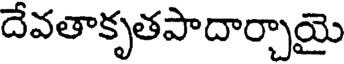
దేవతాకృతపాదార్చాయై